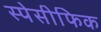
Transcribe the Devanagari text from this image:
स्पेसीफिक